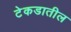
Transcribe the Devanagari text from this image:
टेकडातील